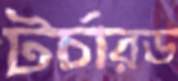
টর্চারড